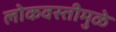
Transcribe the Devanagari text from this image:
लोकवस्तीमुळे